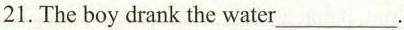
21.The boy drank the water___.